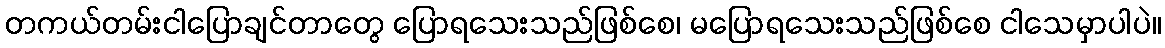
တကယ်တမ်းငါပြောချင်တာတွေ ပြောရသေးသည်ဖြစ်စေ၊ မပြောရသေးသည်ဖြစ်စေ ငါသေမှာပါပဲ။